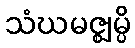
သံဃမဇ္ဈမ္ပိ